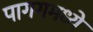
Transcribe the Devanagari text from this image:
पागगमध्ये